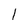
Character: l